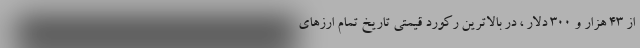
از 43 هزار و 300 دلار ، در بالاترین رکورد قیمتی تاریخ تمام ارزهای